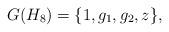
LaTeX: \begin{gather*}G(H_8)=\{1, g_1, g_2, z\},\end{gather*}